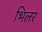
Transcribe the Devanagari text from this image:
भिलर